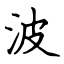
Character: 波